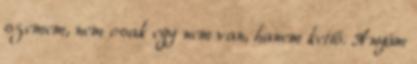
szemem, nem csak egy nem van, hanem kettő. Anyám